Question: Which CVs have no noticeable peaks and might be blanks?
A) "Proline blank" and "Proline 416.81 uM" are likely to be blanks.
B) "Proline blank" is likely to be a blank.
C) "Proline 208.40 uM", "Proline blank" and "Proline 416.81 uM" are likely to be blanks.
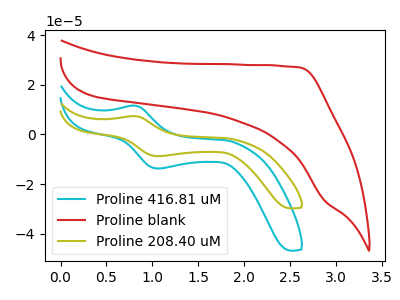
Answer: <think>The cyan curve "Proline 416.81 uM" has an anodic peak at (0.80V, 11.60uA) and a cathodic peak at (1.05V, -13.70uA). The red curve "Proline blank" has no peaks. The olive curve "Proline 208.40 uM" has an anodic peak at (0.80V, 7.40uA) and a cathodic peak at (1.05V, -8.70uA).</think>
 <answer>B) "Proline blank" is likely to be a blank.</answer>
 <eval>B</eval>